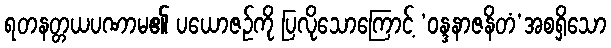
ရတနတ္တယပဏာမ၏ ပယောဇဉ်ကို ပြလိုသောကြောင့် ‘ဝန္ဒနာဇနိတံ’အစရှိသော